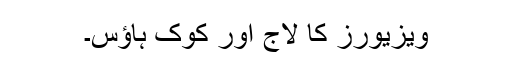
ویزیورز کا لاج اور کوک ہاؤس۔